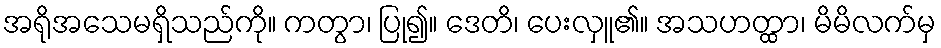
အရိုအသေမရှိသည်ကို။ ကတွာ၊ ပြု၍။ ဒေတိ၊ ပေးလှူ၏။ အသဟတ္ထာ၊ မိမိလက်မှ